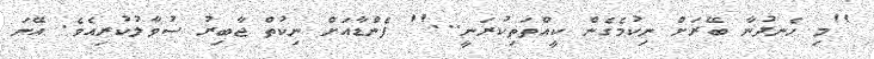
''މި ހެނދުނާ ބޭރަށް ނިކުމެގެން ކީއްތަތިކުރަނީ...'' ފެންޑާއަށް ނިކުތް ޖާބިރު ސުވާލުކުރިއެވެ. އޭނަ